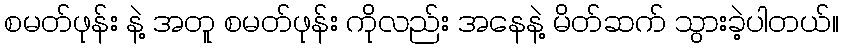
စမတ်ဖုန်း နဲ့ အတူ စမတ်ဖုန်း ကိုလည်း အနေနဲ့ မိတ်ဆက် သွားခဲ့ပါတယ်။